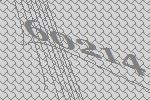
60214